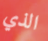
الذي